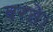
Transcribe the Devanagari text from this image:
बरते।